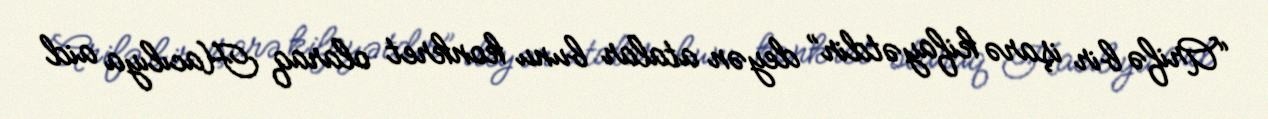
“Arifə bir işarə kifayətdir” deyən atalar bunu konkret olaraq Hacılıya aid